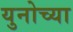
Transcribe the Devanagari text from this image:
युनोच्या